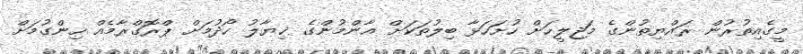
މީގެއިތުރުން ރައްޔިތުންގެ މަޖިލީހަށް ހުށަހަޅާ ބިލުތަކަށް ޢާންމުންގެ ޚިޔާލު ހޯދުމަށް ޕްރޮގްރާމެއް ހިންގުމަށް